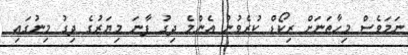
ނަމަވެސް މިހާތަނަށް ރިކޯޑް ކުރެވުނު އެންމެ ދިގު ފާނަ މިޔަރުގެ ދިގު މިނުގައި